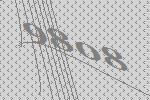
9808